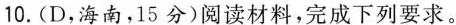
10.(D，海南，15分)阅读材料，完成下列要求。